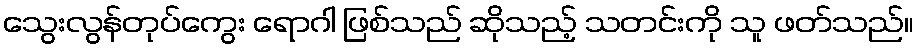
သွေးလွန်တုပ်ကွေး ရောဂါ ဖြစ်သည် ဆိုသည့် သတင်းကို သူ ဖတ်သည်။